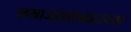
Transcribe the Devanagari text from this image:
समाजसत्तावादाच्या